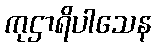
ကုဌာရိပါသေန